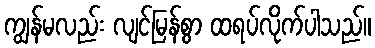
ကျွန်မလည်း လျင်မြန်စွာ ထရပ်လိုက်ပါသည်။